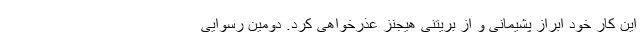
این کار خود ابراز پشیمانی و از بریتنی هیجنز عذرخواهی کرد. دومین رسوایی